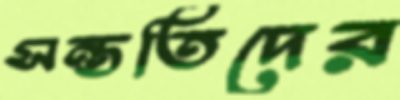
সন্ততিদের